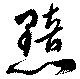
黯